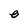
Character: e